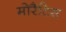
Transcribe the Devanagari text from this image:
मोरैटिस